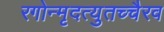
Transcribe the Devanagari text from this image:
रगोन्मृदत्युतच्चैरव